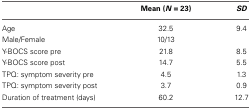
<table><thead><tr><td></td><td><b>Mean (<i>N</i> = 23)</b></td><td><b><i>SD</i></b></td></tr></thead><tbody><tr><td>Age</td><td>32.5</td><td>9.4</td></tr><tr><td>Male/Female</td><td>10/13</td><td></td></tr><tr><td>Y-BOCS score pre</td><td>21.8</td><td>8.5</td></tr><tr><td>Y-BOCS score post</td><td>14.7</td><td>5.5</td></tr><tr><td>TPQ: symptom severity pre</td><td>4.5</td><td>1.3</td></tr><tr><td>TPQ: symptom severity post</td><td>3.7</td><td>0.9</td></tr><tr><td>Duration of treatment (days)</td><td>60.2</td><td>12.7</td></tr></tbody></table>